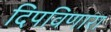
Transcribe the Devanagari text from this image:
दिपविणारा